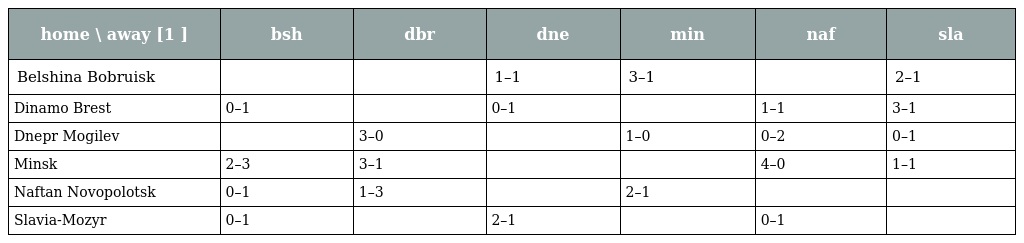
| home \ away [1 ] | bsh | dbr | dne | min | naf | sla |
 | --- | --- | --- | --- | --- | --- | --- |
 | Belshina Bobruisk |  |  | 1–1 | 3–1 |  | 2–1 |
 | Dinamo Brest | 0–1 |  | 0–1 |  | 1–1 | 3–1 |
 | Dnepr Mogilev |  | 3–0 |  | 1–0 | 0–2 | 0–1 |
 | Minsk | 2–3 | 3–1 |  |  | 4–0 | 1–1 |
 | Naftan Novopolotsk | 0–1 | 1–3 |  | 2–1 |  |  |
 | Slavia-Mozyr | 0–1 |  | 2–1 |  | 0–1 |  |